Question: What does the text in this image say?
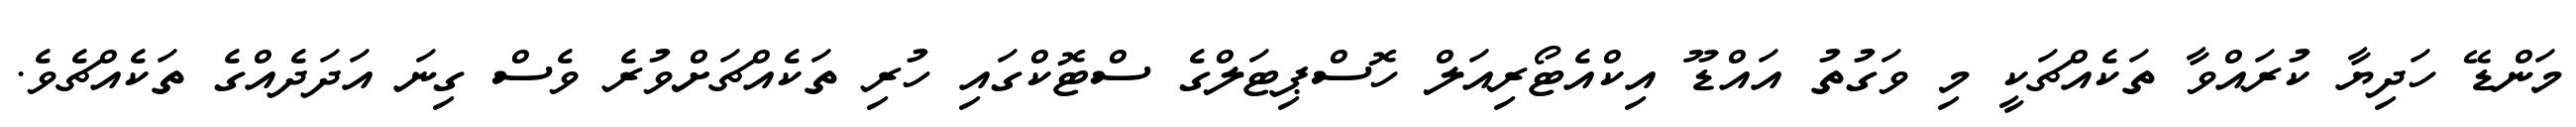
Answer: މަންޑޭ ހަދިޔާ ކުރައްވާ ތަކެއްޗަކީ މި ވަގުތު އައްޑޫ އިކްއެޓޯރިއަލް ހޮސްޕިޓަލްގެ ސްޓޮކްގައި ހުރި ތަކެއްޗަށްވުރެ ވެސް ގިނަ އަދަދެއްގެ ތަކެއްޗެވެ.